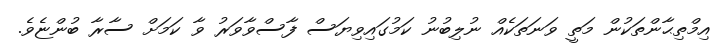
އިމްތިޙާންތަކުން މަތީ ވަނަަތަކެއް ނުލިބުނު ކަމުގައިވިޔަސް ފާސްވާވަރު ވާ ކަމަށް ސާރާ ބުންޏެވެ.